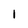
Character: 1